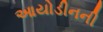
આયોડીનની